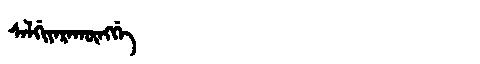
Manchu: ᠰᡝᠯᡤᡳᠶᡝᡵᠠᡴᡡᠩᡤᡝ
Romanization: SELGIYERAKŪNGGE